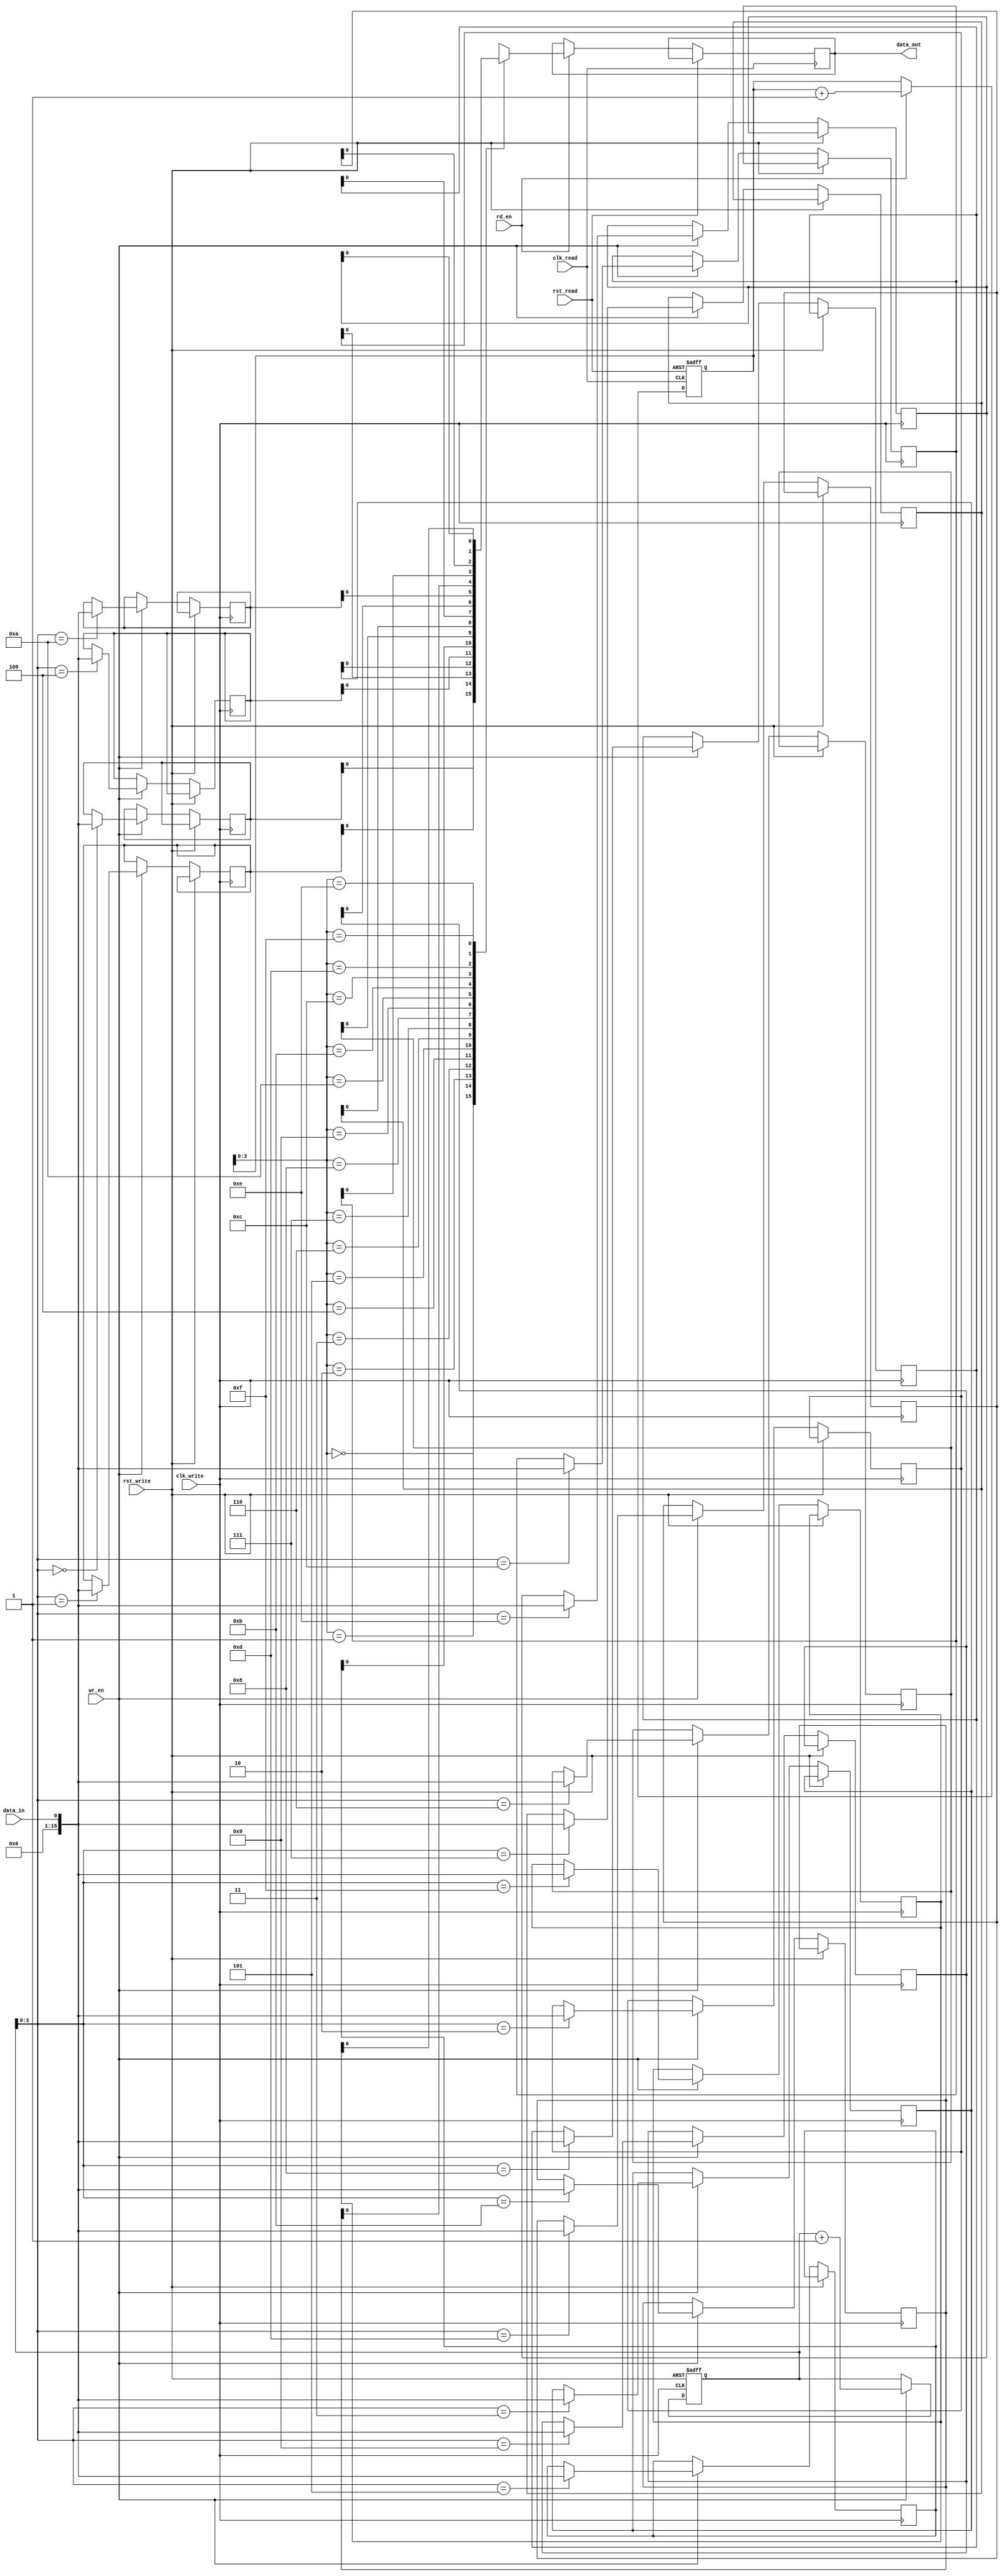
module AsynchronousFIFO (
  input wire clk_write, // Write clock
  input wire rst_write, // Write reset
  input wire data_in,   // Data input
  input wire wr_en,     // Write enable
  input wire clk_read,  // Read clock
  input wire rst_read,  // Read reset
  output wire data_out,  // Data output
  input wire rd_en      // Read enable
);

parameter DEPTH = 16; // FIFO depth

reg [DEPTH-1:0] mem [0:DEPTH-1]; // FIFO memory

reg [DEPTH-1:0] write_ptr;
reg [DEPTH-1:0] read_ptr;

always @(posedge clk_write or posedge rst_write) begin
  if (rst_write) begin
    write_ptr <= 0;
  end else if (wr_en) begin
    write_ptr <= write_ptr + 1;
    mem[write_ptr] <= data_in;
  end
end

always @(posedge clk_read or posedge rst_read) begin
  if (rst_read) begin
    read_ptr <= 0;
  end else if (rd_en) begin
    read_ptr <= read_ptr + 1;
    data_out <= mem[read_ptr];
  end
end

endmodule